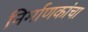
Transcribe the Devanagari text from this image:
निर्माणकांचा